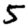
Digit: 5